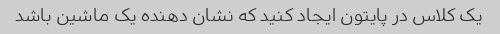
یک کلاس در پایتون ایجاد کنید که نشان دهنده یک ماشین باشد